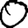
Digit: 0